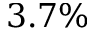
3 . 7 \%